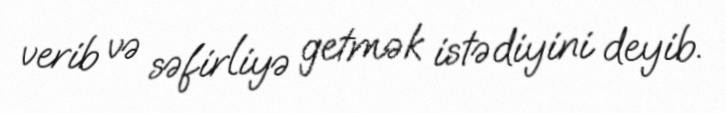
verib və səfirliyə getmək istədiyini deyib.